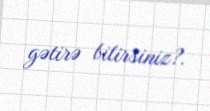
gətirə bilirsiniz?.